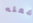
فعله